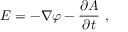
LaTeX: { \boldsymbol { E } } = - { \boldsymbol { \nabla } } \varphi - { \frac { \partial { \boldsymbol { A } } } { \partial t } } \ ,